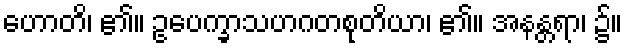
ဟောတိ၊ ၏။ ဥပေက္ခာသဟဂတစုတိယာ၊ ၏။ အနန္တရာ၊ ၌။